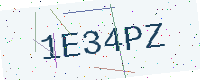
Text: 1E34PZ